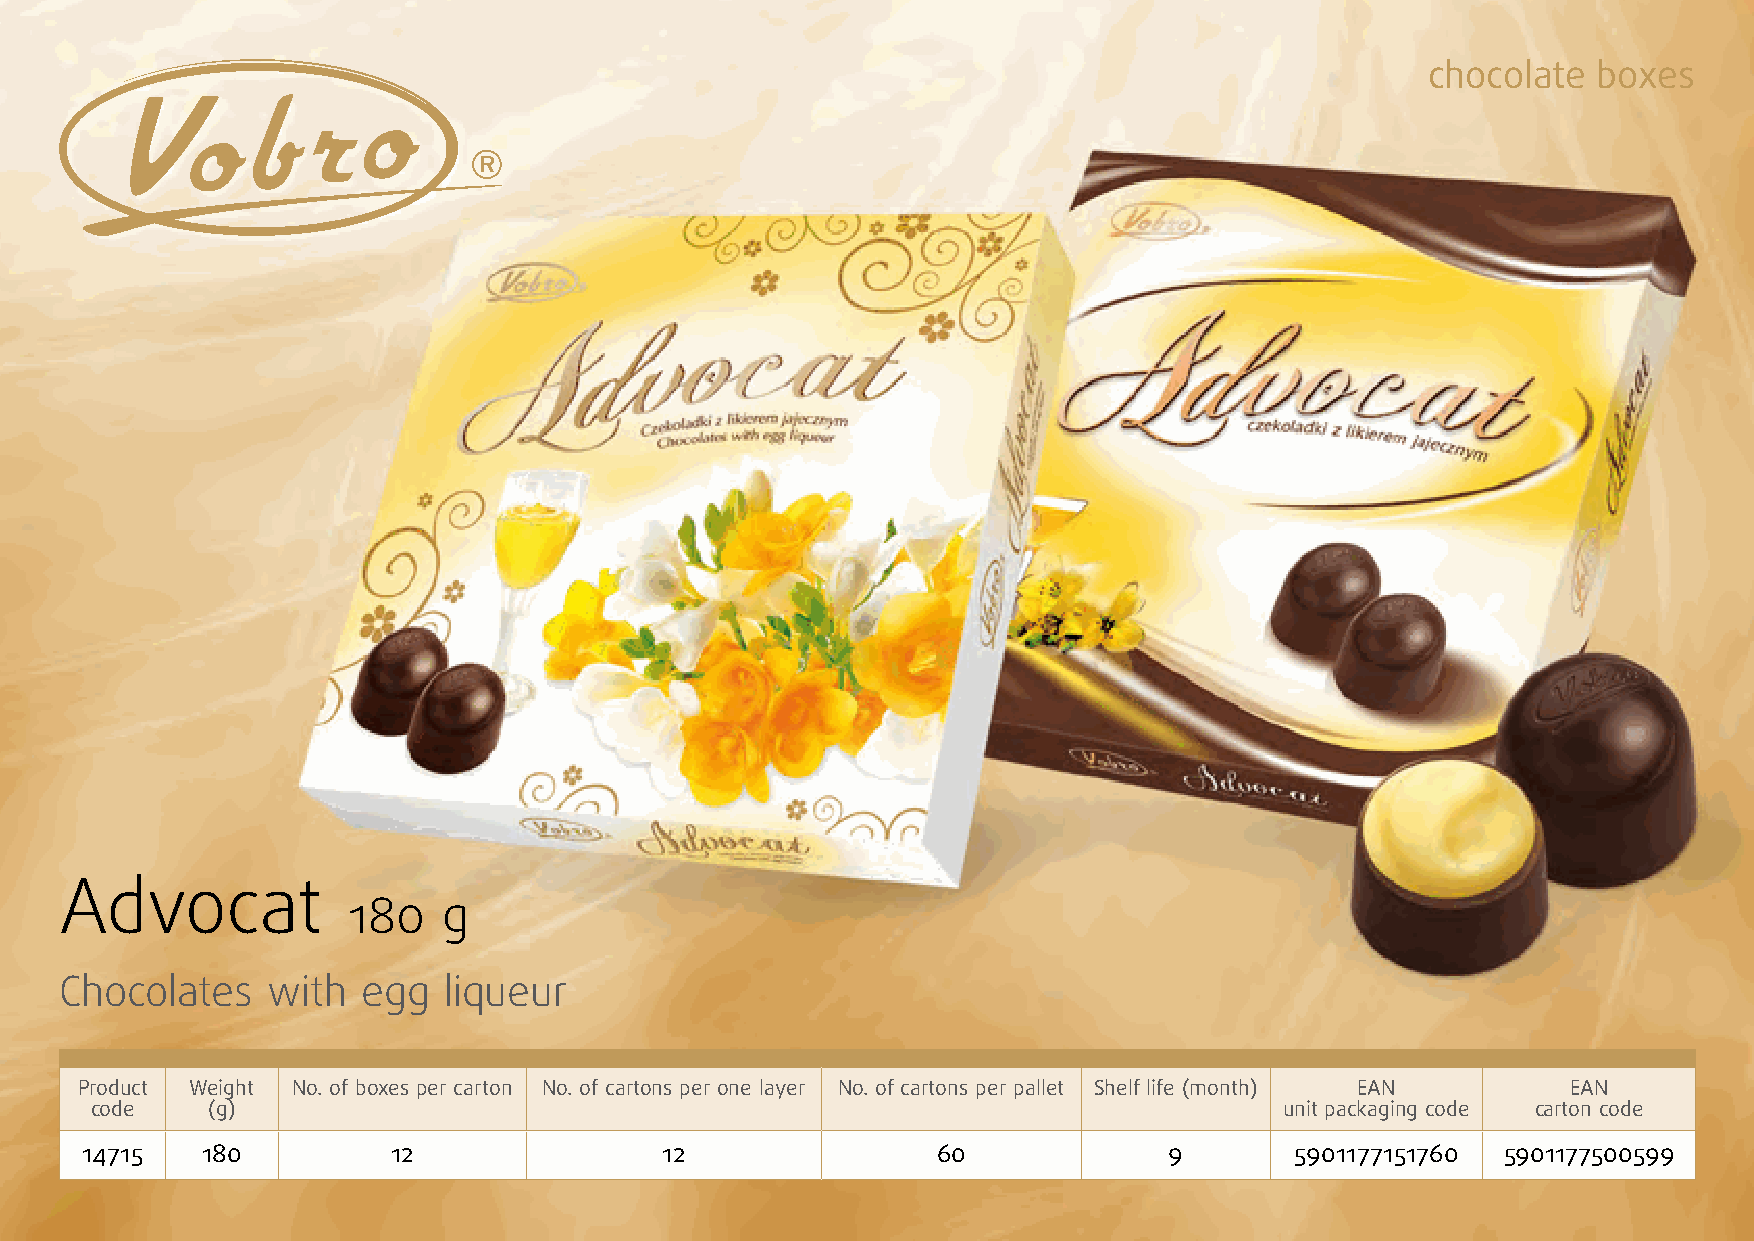
chocolate  boxes
 Advocat
 180   g
 Chocolates    with  egg  liqueur
 Product Weight No. of boxes per carton No. of cartons per one layer No. of cartons per pallet Shelf life (month) EAN EAN
 code    (g)                                                                    unit packaging code carton code
 14715   180          12                12                60             9        5901177151760 5901177500599